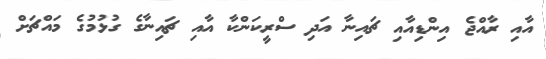
އާއި ރާއްޖެ އިންޑިއާއި ޗައިނާ އަދި ސްރީކަންކާ އާއި ޗައިނާގެ ގުޅުމުގެ މައްޗަށް